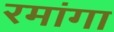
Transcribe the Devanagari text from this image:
रमांगा